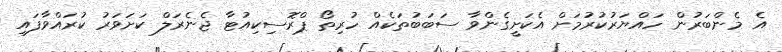
އެ މެންބަރުން ހައްޔަރުކުރުމަށް އެކަށީގެންވާ ސަބަބުތަކެއް ހުރިތޯ ޕްރޮސިކިއުޓާ ޖެނެރަލް ކަށަވަރު ކުރައްވާފައި